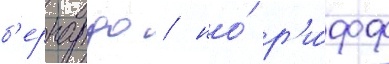
б'ернардо / но́ р'и́фф